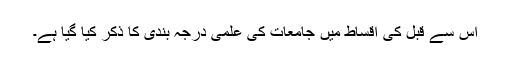
اس سے قبل کی اقساط میں جامعات کی علمی درجہ بندی کا ذکر کیا گیا ہے۔